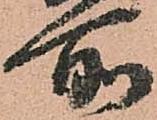
所